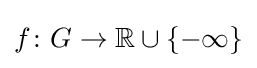
f\colon G\to {\mathbb {R} }\cup \{-\infty \}